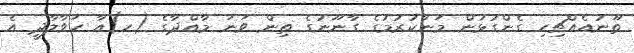
ތޫނުއެއްޗިހި ގެންގުޅުން މަނާކުރުމުގެ ގާނޫނުގެ ތިން ވަނަ މާއްދާގެ (ހ)އާ ހަވާލާދީ އެ